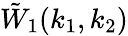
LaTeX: \tilde{W}_{1}(k_{1},k_{2})